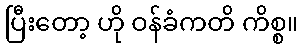
ပြီးတော့ ဟို ဝန်ခံကတိ ကိစ္စ။